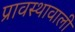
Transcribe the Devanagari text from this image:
प्रावस्थावाली